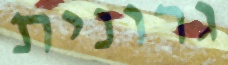
גרונית